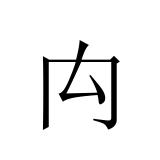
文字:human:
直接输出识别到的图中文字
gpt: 禸